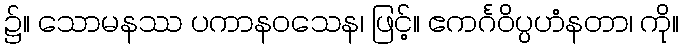
၌။ သောမနဿ ပကာနဝသေန၊ ဖြင့်။ ဧကင်္ဂဝိပ္ပဟံနတာ၊ ကို။